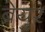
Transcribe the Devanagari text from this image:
ब्रेयुर